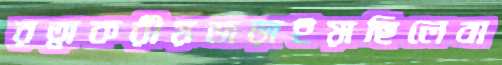
রত্নাকরীয়জড়াইয়াছিলেবা